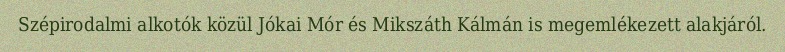
Szépirodalmi alkotók közül Jókai Mór és Mikszáth Kálmán is megemlékezett alakjáról.